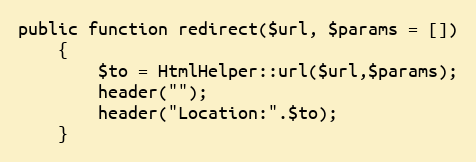
Language: PHP
public function redirect($url, $params = [])
    {
        $to = HtmlHelper::url($url,$params);
        header("");
        header("Location:".$to);
    }